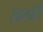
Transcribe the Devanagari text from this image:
सहभाही